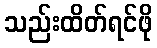
သည်းထိတ်ရင်ဖို